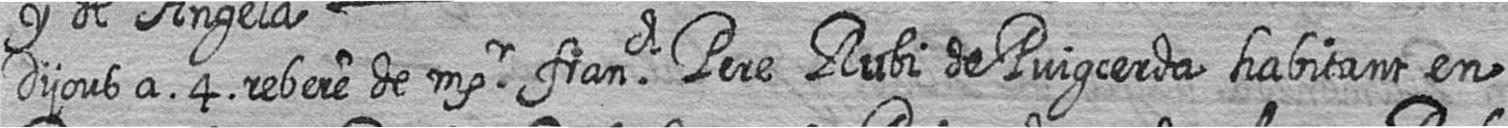
Dijous a 4 rebere de msr franch Pere Rubi de Puigcerda habitant en